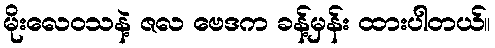
မိုးလေဝသနဲ့ ဇလ ဗေဒက ခန့်မှန်း ထားပါတယ်။